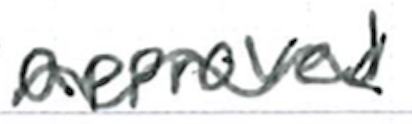
Text: approved
Cross-out: wave
Writing tool: ballpoint